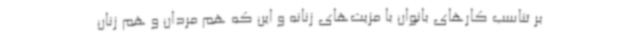
بر تناسب کارهای بانوان با مزیت‌های زنانه و این که هم مردان و هم زنان